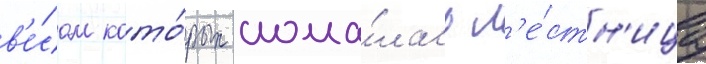
в'е́сом кото́рых слома́лась л'е́стн'ица